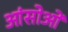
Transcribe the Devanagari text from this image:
आंसोओं